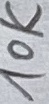
Text: 10K